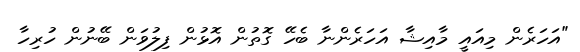
"އަހަރެން މިއައީ މާއިޝާ އަހަރެންނާ ބެހޭ ގޮތުން އޮޅުން ފިލުވަން ބޭނުން ހުރިހާ